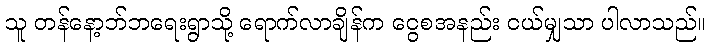
သူ တန်နော့ဘ်ဘရေးရွာသို့ ရောက်လာချိန်က ငွေစအနည်း ငယ်မျှသာ ပါလာသည်။